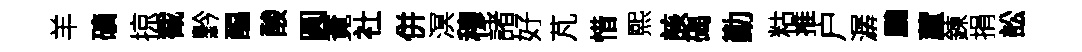
羊礦掠截黔醖酸圓覔社併溟穆諸好芃惜熙該碣勤䊀推户潺鵬蘆鍊捐訟